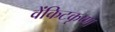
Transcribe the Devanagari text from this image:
वेंकिटकृष्ण